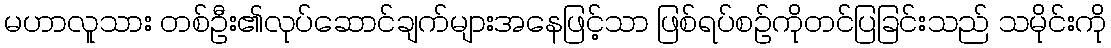
မဟာလူသား တစ်ဦး၏လုပ်ဆောင်ချက်များအနေဖြင့်သာ ဖြစ်ရပ်စဉ်ကိုတင်ပြခြင်းသည် သမိုင်းကို